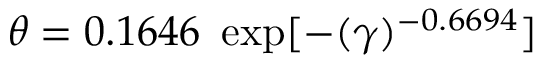
\theta = 0 . 1 6 4 6 ~ \exp [ - ( \gamma ) ^ { - 0 . 6 6 9 4 } ]